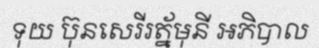
ទុយ ប៊ុនសេរីរត្ន័មុនី អភិបាល